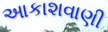
આકાશવાણી